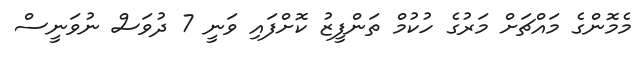
މެމޮންގެ މައްޗަށް މަރުގެ ހުކުމް ތަންފީޒު ކޮށްފައި ވަނީ 7 ދުވަސް ނުވަނީސް